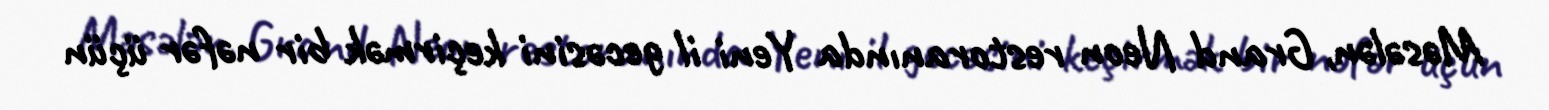
Məsələn, Grand Neon restoranında Yeni il gecəsini keçirmək bir nəfər üçün